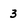
Character: 3